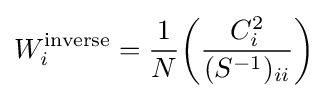
W_{i}^{\text{inverse}}={\frac {1}{N}}{\bigg (}{\frac {C_{i}^{2}}{(S^{-1})_{ii}}}{\bigg )}